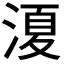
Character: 𭱣